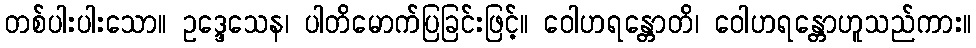
တစ်ပါးပါးသော။ ဥဒ္ဒေသေန၊ ပါတိမောက်ပြခြင်းဖြင့်။ ဝေါဟရန္တောတိ၊ ဝေါဟရန္တောဟူသည်ကား။